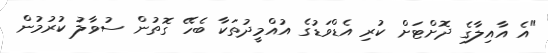
"އެ އާއިލާގެ ދޮށްޓަށް ކުރި އެޑްވަޑުގެ އުއްމީދުތަކާ ބެހޭ ގޮތުން ސުވާލު ކުރުމުން